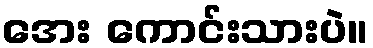
အေး ကောင်းသားပဲ။